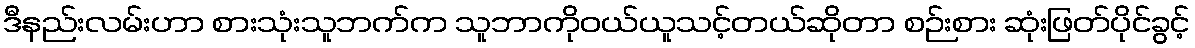
ဒီနည်းလမ်းဟာ စားသုံးသူဘက်က သူဘာကိုဝယ်ယူသင့်တယ်ဆိုတာ စဉ်းစား ဆုံးဖြတ်ပိုင်ခွင့်